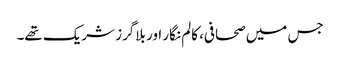
جس میں صحافی، کالم نگار اور بلاگرز شریک تھے۔